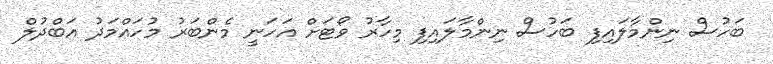
ބަހުސް ނިންމާލައިފި ބަހުސް ނިންމާލައިފި މިހާރު ވޯޓަށް އަަހަނީ މެންބަރު މުހައްމަދު އަބްދުލް